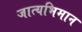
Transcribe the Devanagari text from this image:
जात्यभिमान